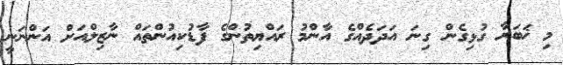
މި ޚަބަރާ ގުޅިގެން ގިނަ އަދަދެއްގެ އާންމު ރައްޔިތުންގެ ފާޑުކިއުންތައް ނާޒިލްއަށް އަންނަނީ